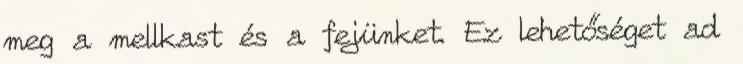
meg a mellkast és a fejünket. Ez lehetőséget ad